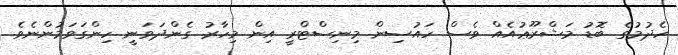
ހެދުމުގެ ބޮޑު މަޝްރޫޢުއެއް ވެސް ހައުސިން މިނިސްޓްރީ އިން މިހާރު ގެންދަވަނީ ހިންގަވަމުންނެވެ.